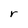
Character: r